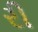
રી